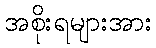
အစိုးရများအား